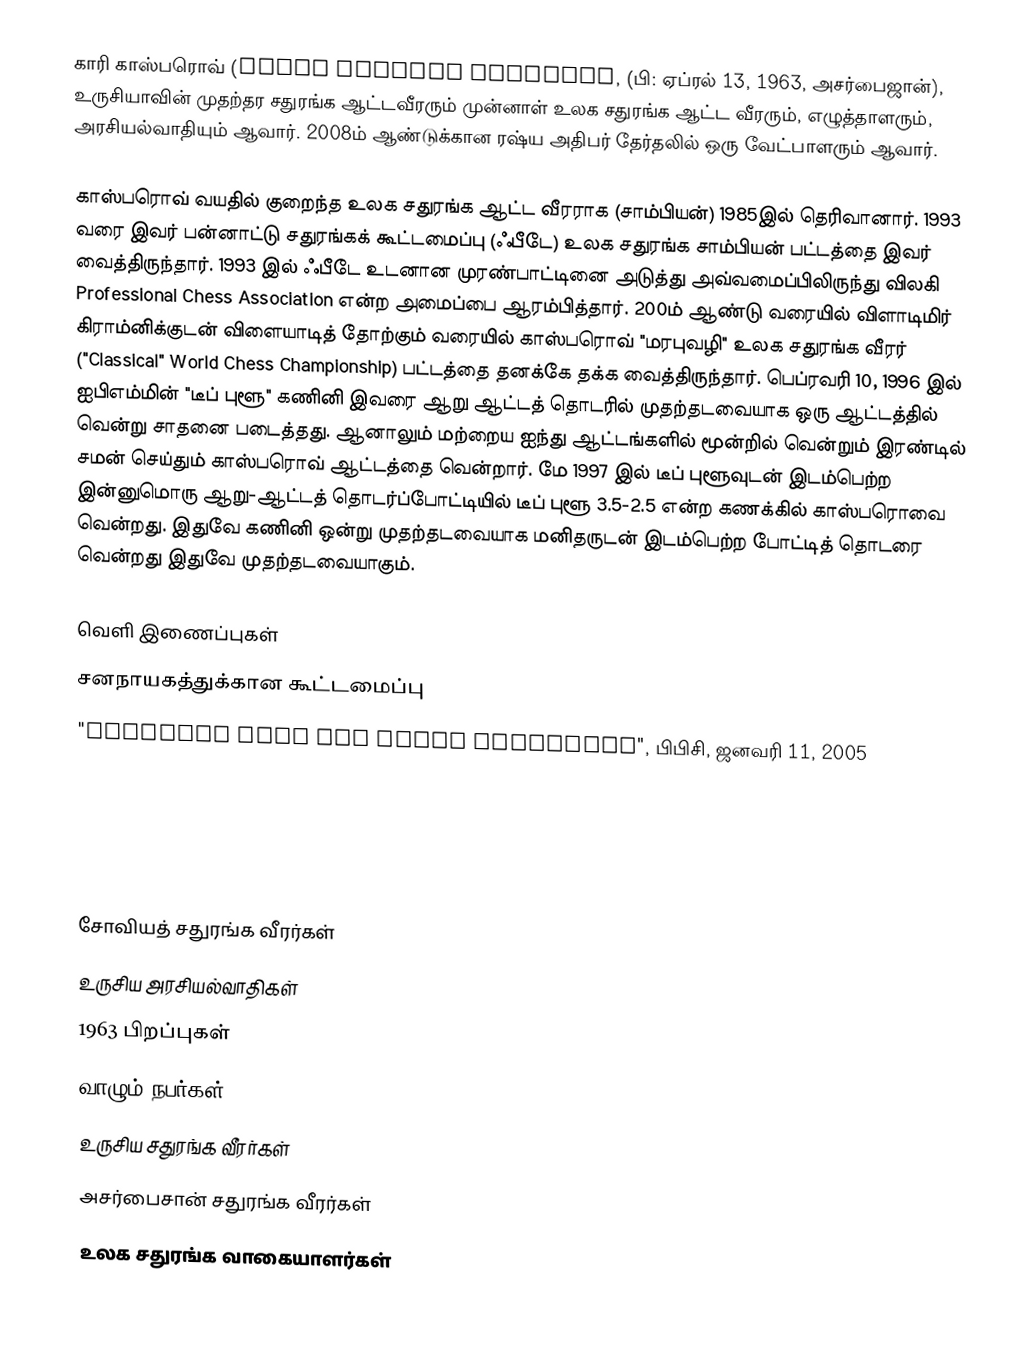
காரி காஸ்பரொவ் (Гарри Кимович Каспаров, (பி: ஏப்ரல் 13, 1963, அசர்பைஜான்), உருசியாவின் முதற்தர சதுரங்க ஆட்டவீரரும் முன்னாள் உலக சதுரங்க ஆட்ட வீரரும், எழுத்தாளரும், அரசியல்வாதியும் ஆவார். 2008ம் ஆண்டுக்கான ரஷ்ய அதிபர் தேர்தலில் ஒரு வேட்பாளரும் ஆவார்.

காஸ்பரொவ் வயதில் குறைந்த உலக சதுரங்க ஆட்ட வீரராக (சாம்பியன்) 1985இல் தெரிவானார். 1993 வரை இவர் பன்னாட்டு சதுரங்கக் கூட்டமைப்பு (ஃபீடே) உலக சதுரங்க சாம்பியன் பட்டத்தை இவர் வைத்திருந்தார். 1993 இல் ஃபீடே உடனான முரண்பாட்டினை அடுத்து அவ்வமைப்பிலிருந்து விலகி Professional Chess Association என்ற அமைப்பை ஆரம்பித்தார். 200ம் ஆண்டு வரையில் விளாடிமிர் கிராம்னிக்குடன் விளையாடித் தோற்கும் வரையில் காஸ்பரொவ் "மரபுவழி" உலக சதுரங்க வீரர் ("Classical" World Chess Championship) பட்டத்தை தனக்கே தக்க வைத்திருந்தார். பெப்ரவரி 10, 1996 இல் ஐபிஎம்மின் "டீப் புளூ" கணினி இவரை ஆறு ஆட்டத் தொடரில் முதற்தடவையாக ஒரு ஆட்டத்தில் வென்று சாதனை படைத்தது. ஆனாலும் மற்றைய ஐந்து ஆட்டங்களில் மூன்றில் வென்றும் இரண்டில் சமன் செய்தும் காஸ்பரொவ் ஆட்டத்தை வென்றார். மே 1997 இல் டீப் புளூவுடன் இடம்பெற்ற இன்னுமொரு ஆறு-ஆட்டத் தொடர்ப்போட்டியில் டீப் புளூ 3.5-2.5 என்ற கணக்கில் காஸ்பரொவை வென்றது. இதுவே கணினி ஒன்று முதற்தடவையாக மனிதருடன் இடம்பெற்ற போட்டித் தொடரை வென்றது இதுவே முதற்தடவையாகும்.

வெளி இணைப்புகள்
 சனநாயகத்துக்கான கூட்டமைப்பு
 "Kasparov aims for Putin checkmate", பிபிசி, ஜனவரி 11, 2005

சோவியத் சதுரங்க வீரர்கள்
உருசிய அரசியல்வாதிகள்
1963 பிறப்புகள்
வாழும் நபர்கள்
உருசிய சதுரங்க வீரர்கள்
அசர்பைசான் சதுரங்க வீரர்கள்
உலக சதுரங்க வாகையாளர்கள்